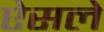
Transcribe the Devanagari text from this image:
ऐसले